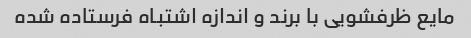
مایع ظرفشویی با برند و اندازه اشتباه فرستاده شده